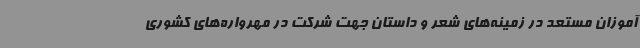
آموزان مستعد در زمینه‌های شعر و داستان جهت شرکت در مهرواره‌های کشوری